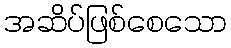
အဆိပ်ဖြစ်စေသော